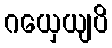
ဂယှေယျပိ